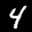
Label: 4